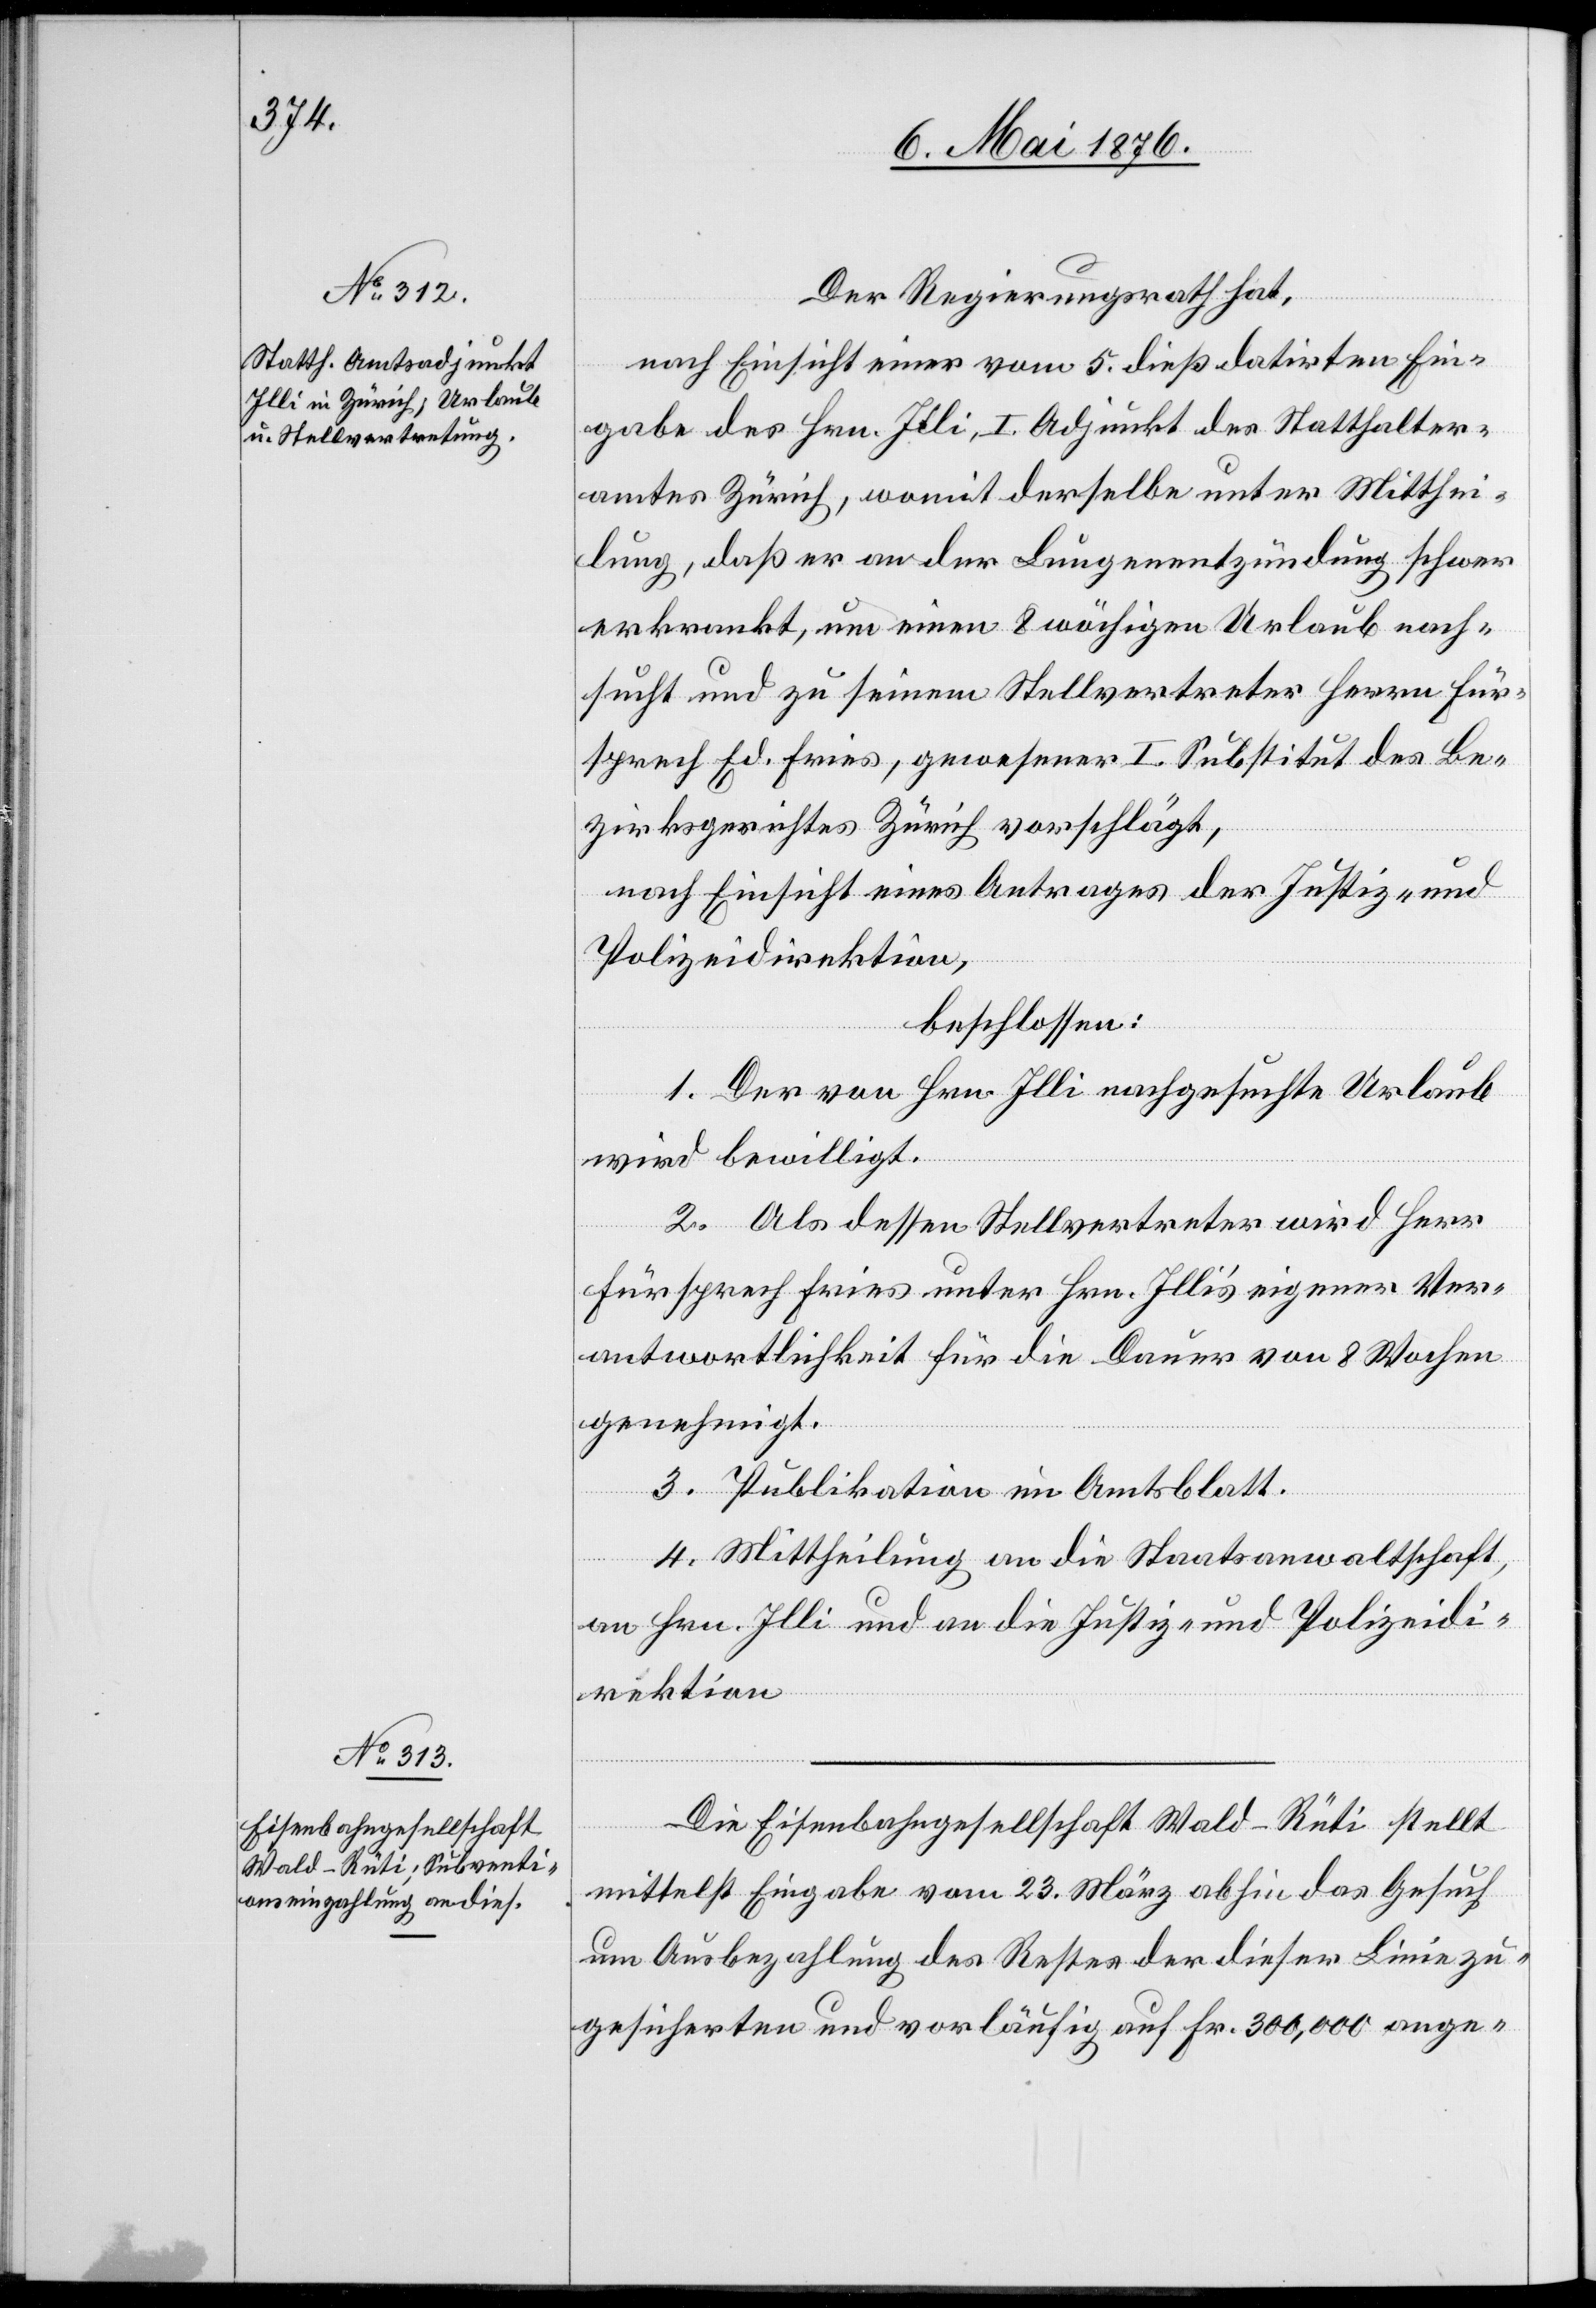
Der Regierungsrath hat,
nach Einsicht einer vom 5. dieß datirten Ein¬
gabe des Hrn. Illi, I. Adjunkt des Statthalter¬
amtes Zürich, womit derselbe unter Mitthei¬
lung, daß er an der Lungenentzündung schwer
erkrankt, um einen 8 wöchigen Urlaub nach¬
sucht und zu seinem Stellvertreter Herrn Für¬
sprech Ed. Fries, gewesener I. Substitut des Be¬
zirksgerichtes Zürich vorschlägt,
nach Einsicht eines Antrages der Justiz- und
Polizeidirektion,
beschlossen:
1. Der von Hrn. Illi nachgesuchte Urlaub
wird bewilligt.
2. Als dessen Stellvertreter wird Herr
Fürsprech Fries unter Hrn. Illi’s eigener Ver¬
antwortlichkeit für die Dauer von 8 Wochen
genehmigt.
3. Publikation im Amtsblatt.
4. Mittheilung an die Staatsanwaltschaft,
an Hrn. Illi und an die Justiz- und Polizeidi¬
rektion.
Die Eisenbahngesellschaft Wald–Rüti stellt
mittelst Eingabe vom 23. März abhin das Gesuch
um Ausbezahlung des Restes der dieser Linie zu¬
gesicherten und vorläufig auf Fr. 300,000 ange-